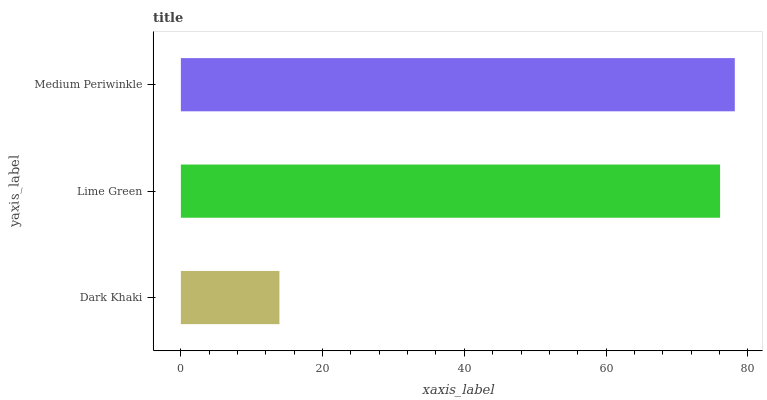
| yaxis_label | bars |
 | --- | --- |
 | Dark Khaki | 13.9 |
 | Lime Green | 76.1 |
 | Medium Periwinkle | 78.2 |